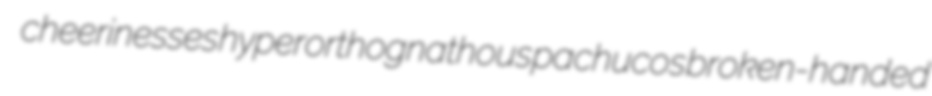
cheerinesses hyperorthognathous pachucos broken-handed